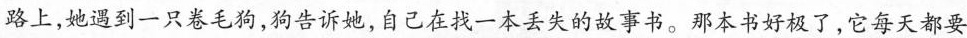
路上，她遇到一只卷毛狗，狗告诉她，自己在找一本丢失的故事书。那本书好极了，它每天都要